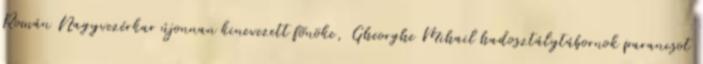
Román Nagyvezérkar újonnan kinevezett fõnöke, Gheorghe Mihail hadosztálytábornok parancsot